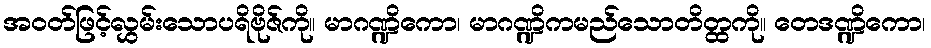
အဝတ်ဖြင့်လွှမ်းသောပရိဗိုဇ်ကို။ မာဂဏ္ဍိကော၊ မာဂဏ္ဍိကမည်သောတိတ္ထကို။ တေဒဏ္ဍိကော၊